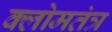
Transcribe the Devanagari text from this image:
क्लोमतंत्र